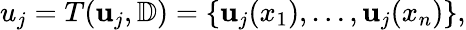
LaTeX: u_{j}=T(\mathbf{u}_{j},\mathbb{D})=\{ \mathbf{u}_{j}(x_{1}),\dots,\mathbf{u}_{j}(x_{n})\} ,